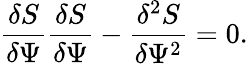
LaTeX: \frac{\delta S}{\delta\Psi}\frac{\delta S}{\delta\Psi}-\frac{\delta^{2}S}{\delta\Psi^{2}}=0.